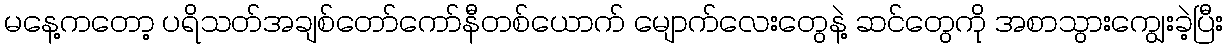
မနေ့ကတော့ ပရိသတ်အချစ်တော်ကော်နီတစ်ယောက် မျောက်လေးတွေနဲ့ ဆင်တွေကို အစာသွားကျွေးခဲ့ပြီး